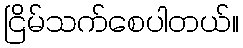
ငြိမ်သက်စေပါတယ်။